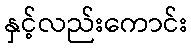
နှင့်လည်းကောင်း